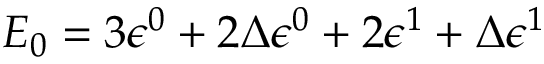
E _ { 0 } = 3 \epsilon ^ { 0 } + 2 \Delta \epsilon ^ { 0 } + 2 \epsilon ^ { 1 } + \Delta \epsilon ^ { 1 }